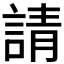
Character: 請